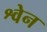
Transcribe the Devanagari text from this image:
श्वेन